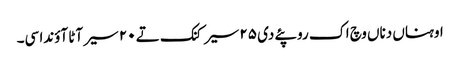
اوہناں دناں وچ اک روپئے دی ٢٥ سیر کنک تے ٢٠ سیر آٹا آؤندا سی۔